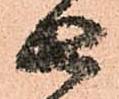
由